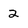
Character: 2